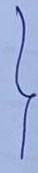
}